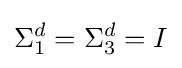
\Sigma _{1}^{d}=\Sigma _{3}^{d}=I